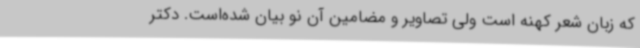
که زبان شعر کهنه است ولی تصاویر و مضامین آن نو بیان شده‌است. دکتر